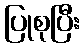
ပြုစုပြီး